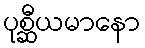
ပုစ္ဆီယမာနော